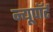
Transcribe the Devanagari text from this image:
न्यूपाॅर्ट